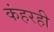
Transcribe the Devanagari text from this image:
कंहरही